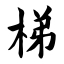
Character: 梯